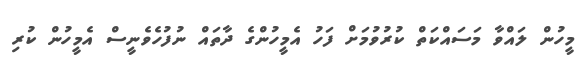
މީހުން ލައްވާ މަސައްކަތް ކުރުވުމަށް ފަހު އެމީހުންގެ ދާތައް ނުފުހެވެނީސް އެމީހުން ކުރި